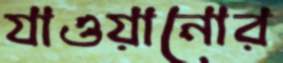
যাওয়ানোর